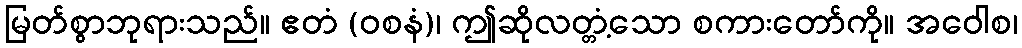
မြတ်စွာဘုရားသည်။ ဧတံ (ဝစနံ)၊ ဤဆိုလတ္တံ့သော စကားတော်ကို။ အဝေါစ၊